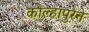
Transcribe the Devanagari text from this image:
कोल्हापुरेने